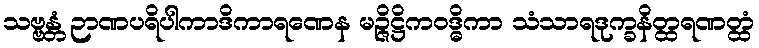
သဗ္ဗန္တံ ဉာဏပရိပါကာဒိကာရဏေန မဉ္ဇိဋ္ဌိကဝဒ္ဓိကာ သံသာရဒုက္ခနိတ္ထရဏတ္ထံ